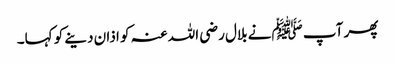
پھر آپ ﷺنے بلال رضی اللہ عنہ کو اذان دینے کو کہا۔